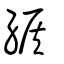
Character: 緱